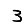
Digit: 3